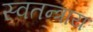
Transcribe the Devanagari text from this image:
स्वतन्त्राय